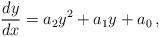
LaTeX: \begin{align*}\frac{dy}{dx}=a_2 y^2+a_1 y+a_0\,, \end{align*}